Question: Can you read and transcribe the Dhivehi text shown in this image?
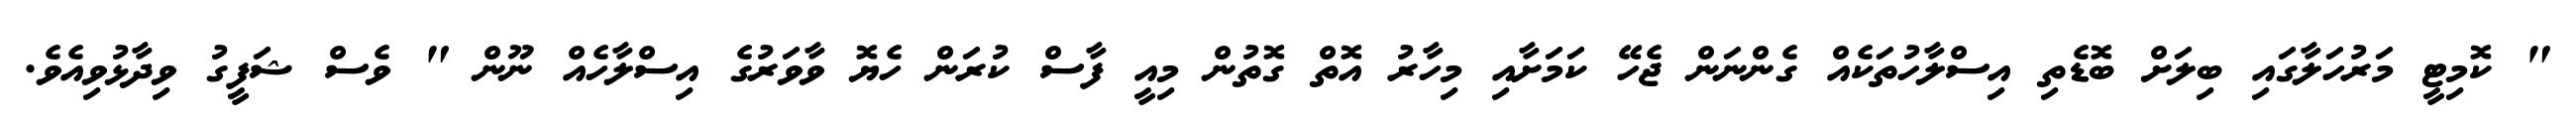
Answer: " ކޮމިޓީ މަރުހަލާގައި ބިލަށް ބޮޑެތި އިސްލާހުތަކެއް ގެންނަން ޖެހޭ ކަމަށާއި މިހާރު އޮތް ގޮތުން މިއީ ފާސް ކުރަން ހެޔޮ ވާވަރުގެ އިސްލާހެއް ނޫން " ވެސް ޝަފީގު ވިދާޅުވިއެވެ.